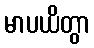
မာပယိတွာ